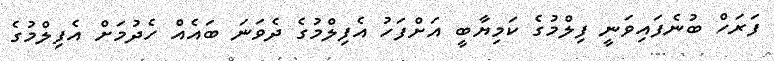
ފަރަހް ބުނެފައިވަނީ ފިލްމުގެ ކަމިޔާބީ އަށްފަހު އެފިލްމުގެ ދެވަނަ ބައެއް ހެދުމަށް އެފިލްމުގެ